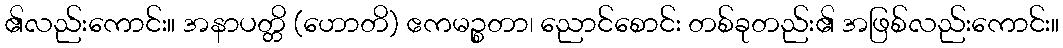
၏လည်းကောင်း။ အနာပတ္တိ (ဟောတိ) ဧကမဉ္စတာ၊ ညောင်စောင်း တစ်ခုတည်း၏ အဖြစ်လည်းကောင်း။